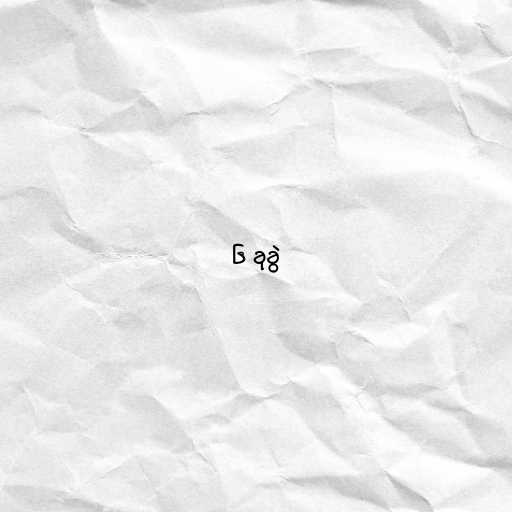
၆ ခုခွဲ